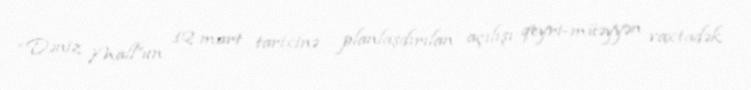
“Dəniz Mall”un 12 mart tarixinə planlaşdırılan açılışı qeyri-müəyyən vaxtadək